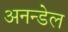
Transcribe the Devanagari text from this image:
अनन्डेल